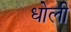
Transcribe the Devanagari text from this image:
धोली